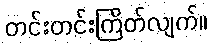
တင်းတင်းကြိတ်လျက်။